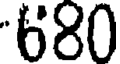
680